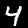
Digit: 4